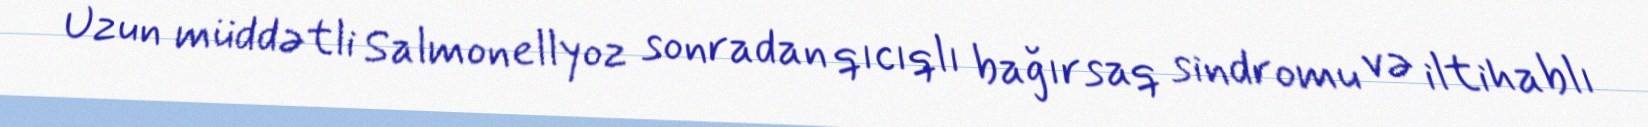
Uzun müddətli Salmonellyoz sonradan qıcıqlı bağırsaq sindromu və iltihablı